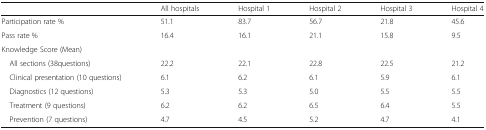
<table><thead><tr><td></td><td><b>All hospitals</b></td><td><b>Hospital 1</b></td><td><b>Hospital 2</b></td><td><b>Hospital 3</b></td><td><b>Hospital 4</b></td></tr></thead><tbody><tr><td>Participation rate %</td><td>51.1</td><td>83.7</td><td>56.7</td><td>21.8</td><td>45.6</td></tr><tr><td>Pass rate %</td><td>16.4</td><td>16.1</td><td>21.1</td><td>15.8</td><td>9.5</td></tr><tr><td colspan="6">Knowledge Score (Mean)</td></tr><tr><td> All sections (38questions)</td><td>22.2</td><td>22.1</td><td>22.8</td><td>22.5</td><td>21.2</td></tr><tr><td> Clinical presentation (10 questions)</td><td>6.1</td><td>6.2</td><td>6.1</td><td>5.9</td><td>6.1</td></tr><tr><td> Diagnostics (12 questions)</td><td>5.3</td><td>5.3</td><td>5.0</td><td>5.5</td><td>5.5</td></tr><tr><td> Treatment (9 questions)</td><td>6.2</td><td>6.2</td><td>6.5</td><td>6.4</td><td>5.5</td></tr><tr><td> Prevention (7 questions)</td><td>4.7</td><td>4.5</td><td>5.2</td><td>4.7</td><td>4.1</td></tr></tbody></table>